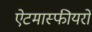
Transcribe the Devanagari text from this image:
ऐटमास्फीयरों